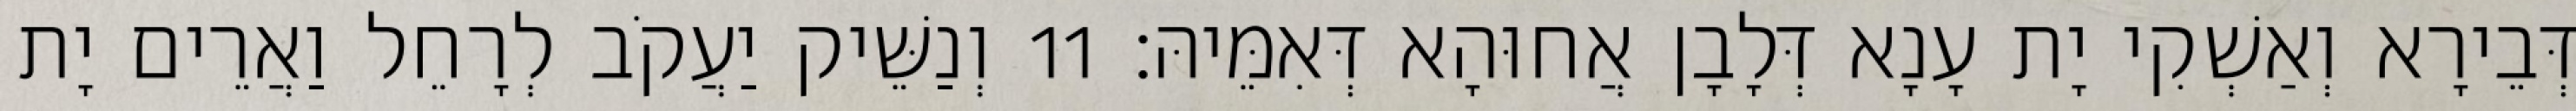
דְּבֵירָא וְאַשְׁקִי יָת עָנָא דְּלָבָן אֲחוּהָא דְּאִמֵּיהּ׃ 11 וְנַשֵּׁיק יַעֲקֹב לְרָחֵל וַאֲרֵים יָת